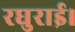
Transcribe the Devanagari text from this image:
रघुराई।